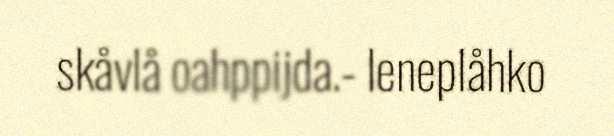
skåvlå oahppijda.- Ieneplåhko